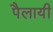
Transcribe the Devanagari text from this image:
पैलायी